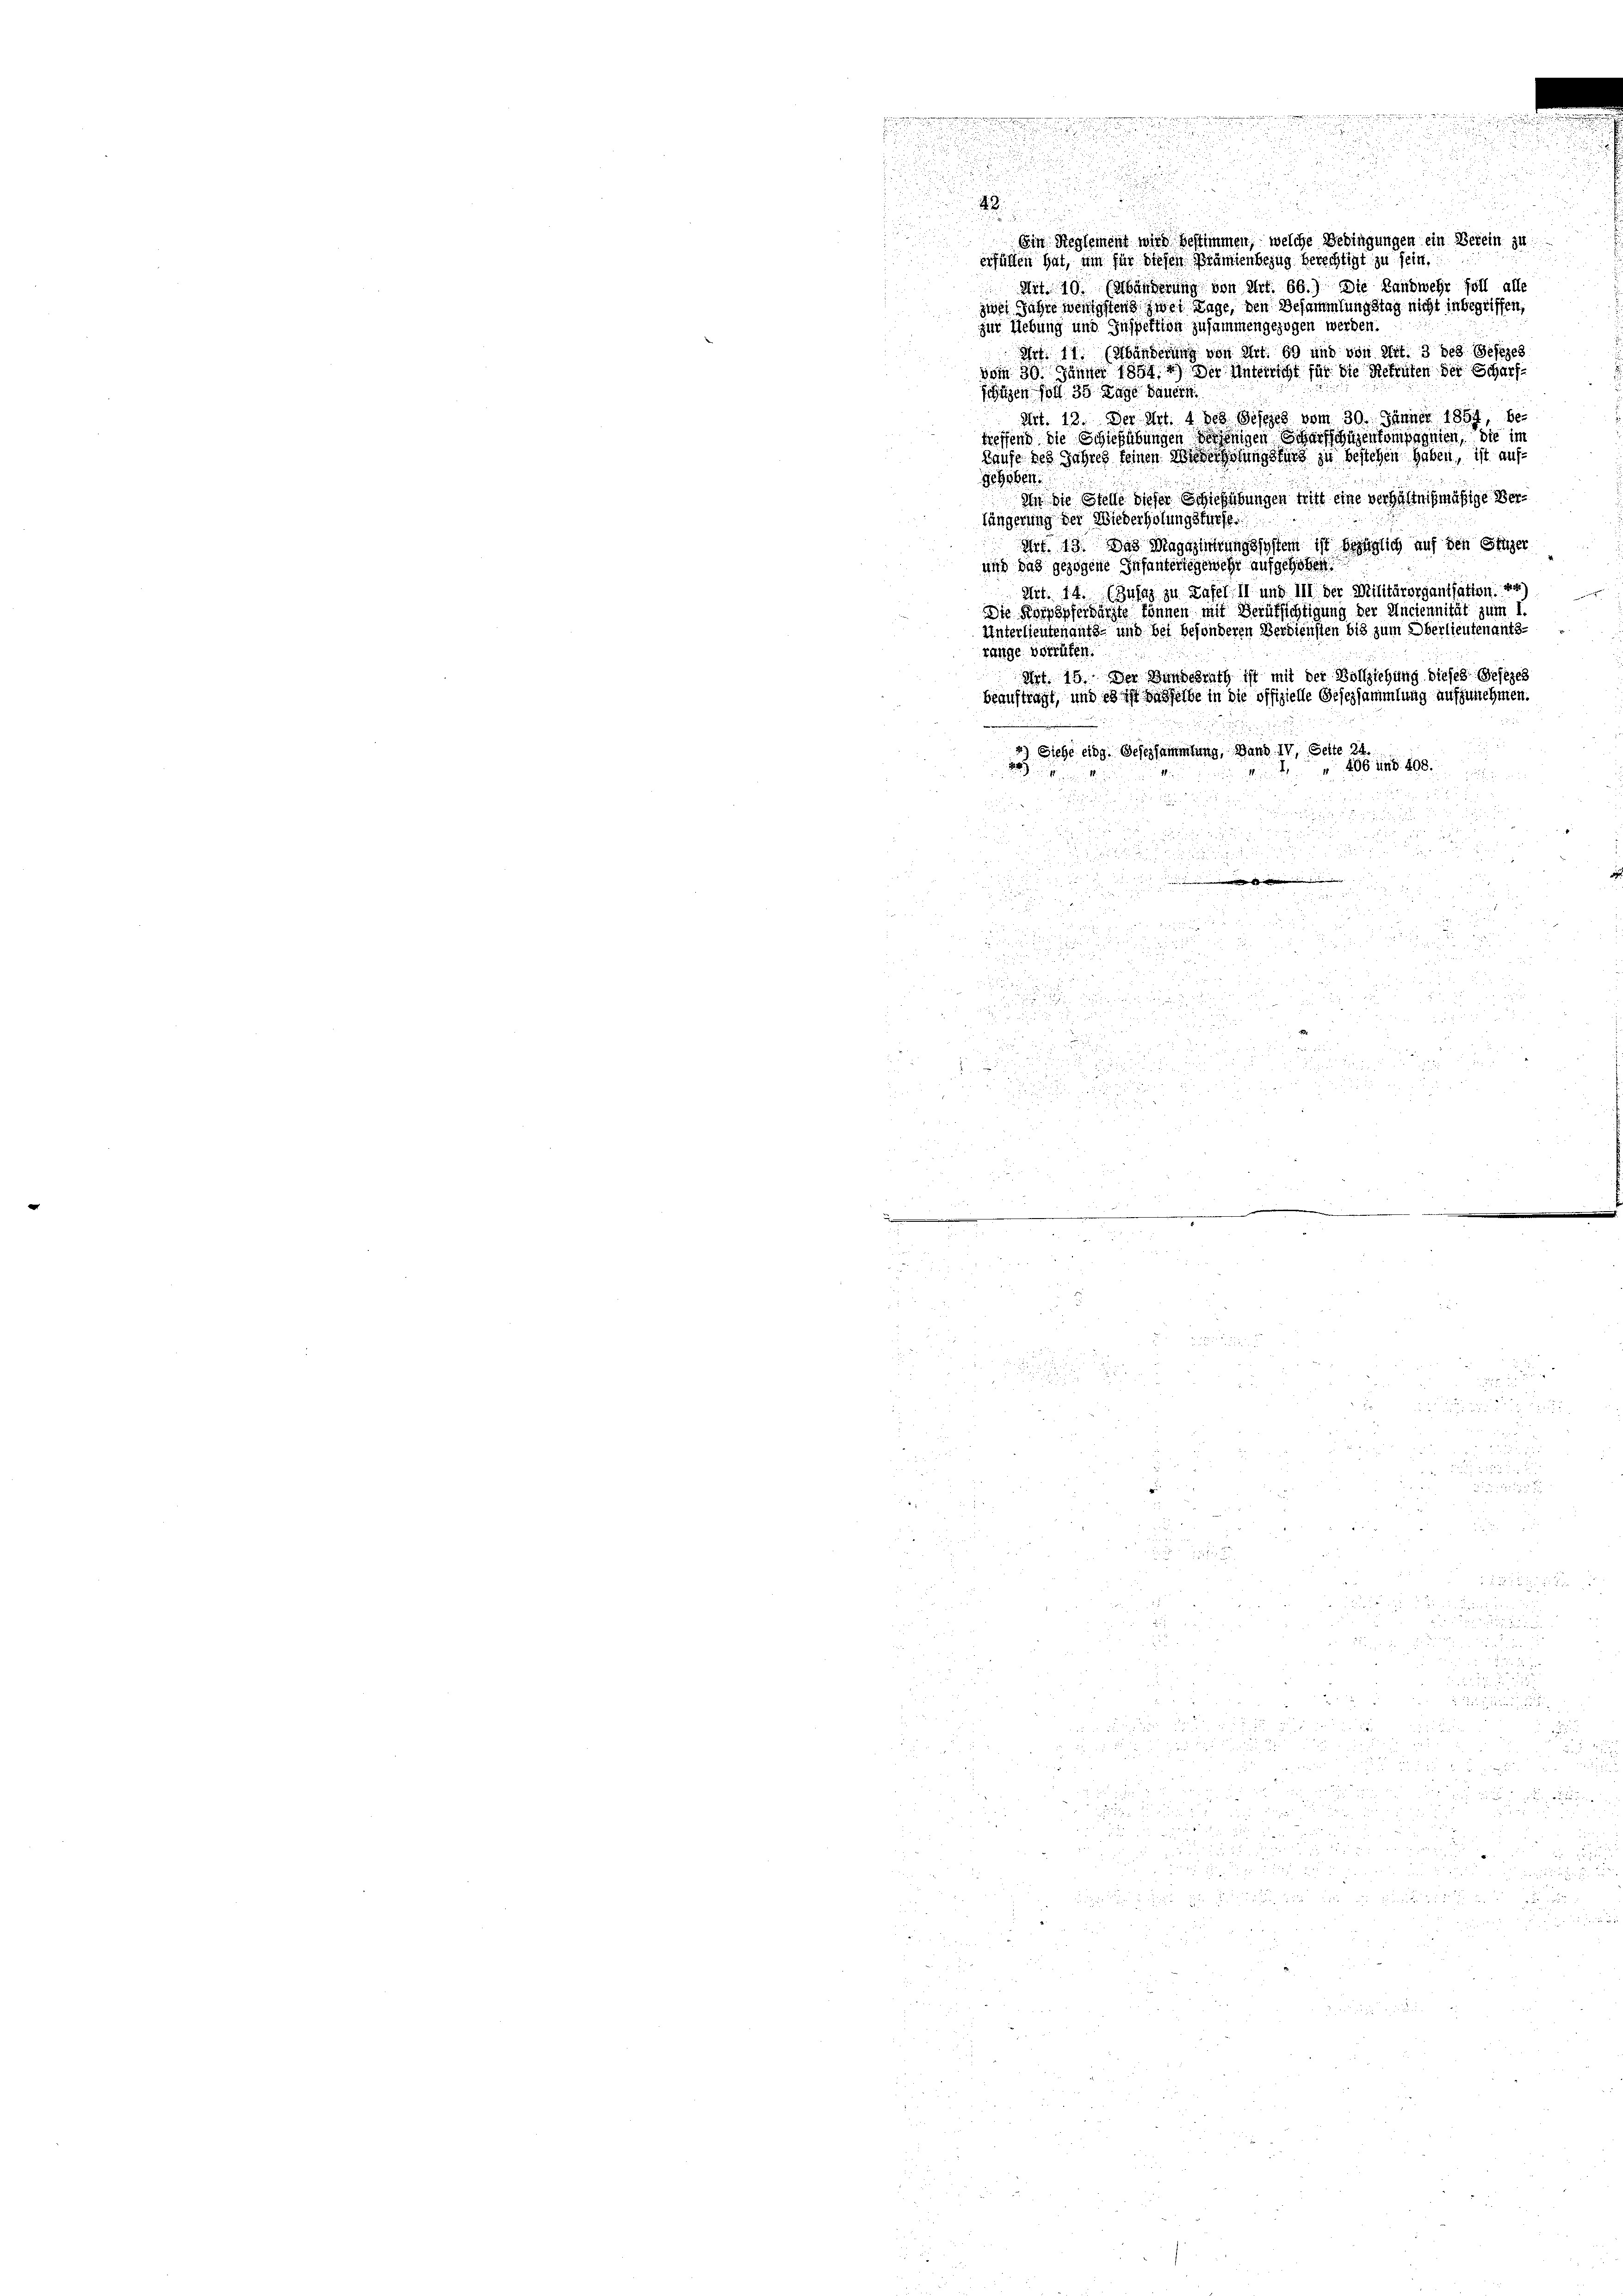
48.
Ein Reglement wird bestimmen, welche Bedingungen ein Berein zu
erfüllen hat, um für diesen Prämienbezug berechtigt zu sein,
Mit. 10. (Abänderung von Art. 66.) Die Landwehr foll alle
zwei Jahre wenigstens zwei Tage, den Besammlungstag nicht inbegriffen,
zur Liebung und Inspektion zusammengezogen werden.
Art. 11. (Abänderung von Art. 69 und von Art. 3 des Gesezes
vom 30. Jänner 1894.) Der Unterricht für die Rekruten der Scharfschützen soll 30 Tage dauern.
Art. 12. Der Art. 4 des Gesezes vom 30. Jänner 1857, be-
treffend die Schießübungen derjenigen Scharfschüzenkompagnien, die im
Haufe des Jahres keinen Wiederholungsfürs zu bestehen haben, ist aufgehoben.
dir die Stelle dieser Schießübungen mit eine verhältnismäßige Verlängerung der Wiederholungsfürst.
Art. 13. Das Magazinerungssystem ist bezüglich auf den Singer
und das gezogene Infanterlegewehr aufgehoben
Art. 14. (Zusaz zu Tafel II und III der Militärorganisation.44)
Die Korpspferbärzte können mit Berufsichtigung der Anciennität zum I.
Unterlieutenaufs- und bei besonderen Verdiensten bis zum Oberlieutenants-
range verrüfen.
Art. 16. Der Handesrath ist mit der Vollziehung dieses Gesezes
d
beauftragt, und es ist dasselbe in die offizielle Gesetzsammlung aufzunehmen.
2
4) Siehe eidg. Gesersammlung, Band IV. Seite 24
22)
" 406 und 408.

r
r
2 x

d

.

e

 110

 0 f 52 x

d

der
 15 f 0
.

2

u

m
.
.

r
E
82

u

F
d

e

 xx

2

 825

 f

2

 deu

       20 x
 3

.

d

 h i seine
 x
n
  in